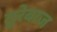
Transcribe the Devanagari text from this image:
तुरेबाज